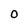
Character: O